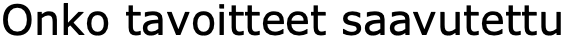
Onko tavoitteet saavutettu